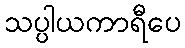
သပ္ပါယကာရီပေ